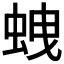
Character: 𧊣